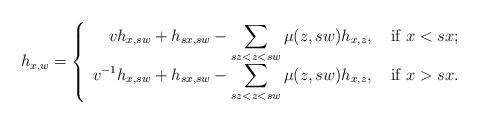
LaTeX: \begin{align*} h_{x,w} = \left\{ \begin{array}{rl} \displaystyle v h_{x,sw} + h_{sx,sw} - \sum_{sz< z < sw} \mu (z,sw) h_{x,z} , & \mbox{ if } x<sx ; \\ \displaystyle v^{-1} h_{x,sw} + h_{sx,sw} - \sum_{sz <z < sw} \mu (z,sw) h_{x,z}, & \mbox{ if } x>sx. \end{array} \right.\end{align*}